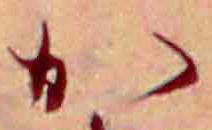
か